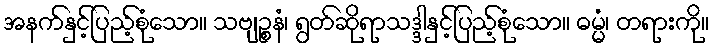
အနက်နှင့်ပြည့်စုံသော။ သဗျဉ္စနံ၊ ရွတ်ဆိုရာသဒ္ဒါနှင့်ပြည့်စုံသော။ ဓမ္မံ၊ တရားကို။